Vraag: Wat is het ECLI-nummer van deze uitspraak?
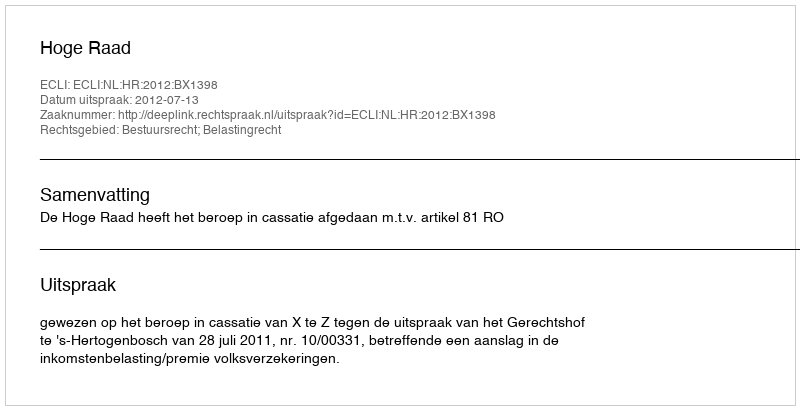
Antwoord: ECLI:NL:HR:2012:BX1398